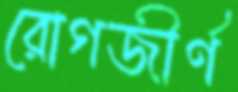
রোগজীর্ণ